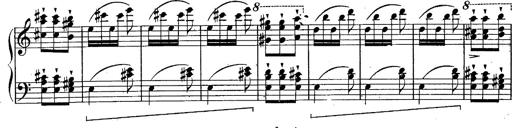
Title: Schubert's Impromptus [revised and edited by Franz Liszt]
Composer: Franz Liszt